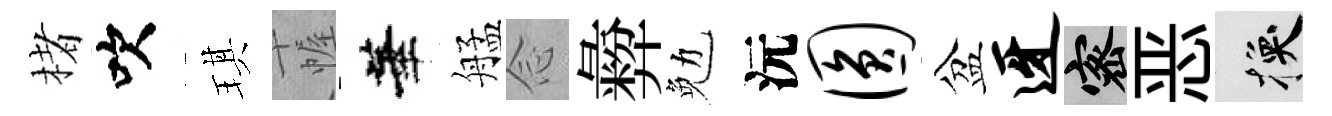
楮吹琪幄華艋𫝹彜勉沅圆盆迓密恶换